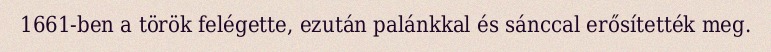
1661-ben a török felégette, ezután palánkkal és sánccal erősítették meg.